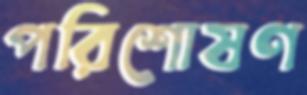
পরিশোষণ